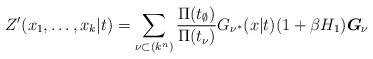
LaTeX: \begin{align*}Z^{\prime }(x_{1},\ldots ,x_{k}|t)=\sum_{\nu \subset(k^{n})}\frac{\Pi(t_\emptyset)}{\Pi(t_\nu)} G_{\nu ^{\ast }}(x|t)(1+\beta H_1)\boldsymbol{G}_\nu\end{align*}